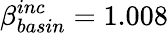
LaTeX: \beta_{basin}^{inc}=1.008